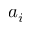
a _ { i }